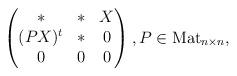
LaTeX: \begin{align*}\begin{pmatrix}* & * & X\\(PX)^t & * & 0\\ 0 & 0 & 0\end{pmatrix}, P\in\operatorname{Mat}_{n\times n},\end{align*}